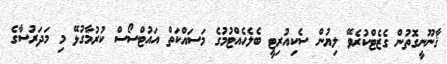
ޤާނޫނީގޮތުން ގެޒެޓްކުރެވޭ ލިޔުން ސެކިއުރިޓީ ބެލެހެއްޓުމުގެ މަސައްކަތް އައުޓްސޯސް ކުރުމާގުޅޭ މި މަދަރުސާގެ